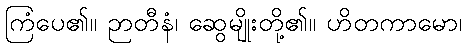
ကြံပေ၏။ ဉာတီနံ၊ ဆွေမျိုးတို့၏။ ဟိတကာမော၊